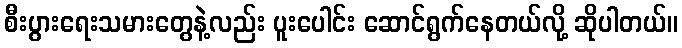
စီးပွားရေးသမားတွေနဲ့လည်း ပူးပေါင်း ဆောင်ရွက်နေတယ်လို့ ဆိုပါတယ်။